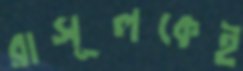
রাসূলকেই